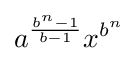
a^{\frac {b^{n}-1}{b-1}}x^{b^{n}}